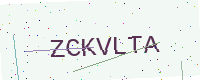
Text: ZCKVLTA